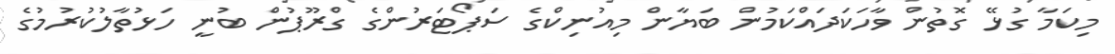
މިކަމާ ގުޅޭ ގޮތުން ވާހަކަދައްކަމުން ބަޔާން މިއުނިކްގެ ސަޕޯޓަރުންގެ ގްރޫޕުން ބުނީ ހަޅުތާލުކުރުމުގެ